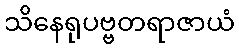
သိနေရုပဗ္ဗတရာဇာယံ